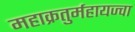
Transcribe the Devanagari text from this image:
महाक्रतुर्महायज्वा